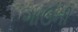
ગાઉની